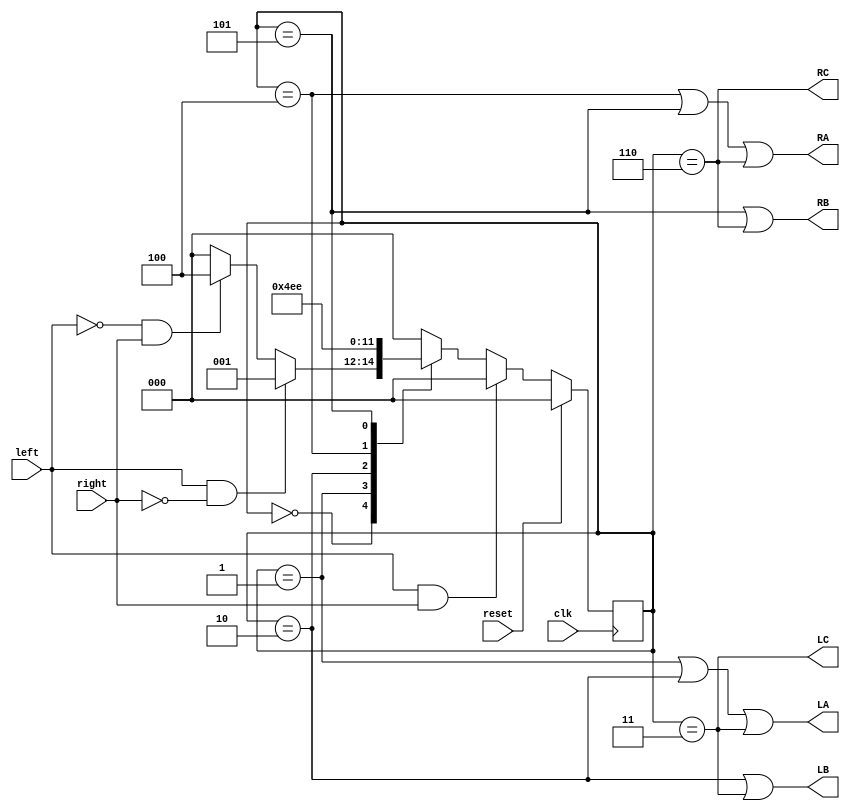
module TailLight(
	input reset, left, right, clk,
	output LC, LB, LA, RA, RB, RC
);
parameter ST_IDLE = 3'b000;
parameter ST_L1 = 3'b001;
parameter ST_L2 = 3'b010;
parameter ST_L3 = 3'b011;
parameter ST_R1 = 3'b100;
parameter ST_R2 = 3'b101;
parameter ST_R3 = 3'b110;

reg [2:0] state, next_state;

always @(posedge clk)
	if (reset)
		state <= ST_IDLE;
	else
		state <= next_state;

always @*
begin
	case (state)
		ST_IDLE: begin
			if (left && ~right)
				next_state = ST_L1;
			else if (~left && right)
				next_state = ST_R1;
			else
				next_state = ST_IDLE;
		end
		ST_L1: next_state = ST_L2;
		ST_L2: next_state = ST_L3;
		ST_R1: next_state = ST_R2;
		ST_R2: next_state = ST_R3;
		default: next_state = ST_IDLE;
	endcase
	if (left && right)
		next_state = ST_IDLE;

end

assign LA = state == ST_L1 || state == ST_L2 || state == ST_L3;
assign LB = state == ST_L2 || state == ST_L3;
assign LC = state == ST_L3;
assign RA = state == ST_R1 || state == ST_R2 || state == ST_R3;
assign RB = state == ST_R2 || state == ST_R3;
assign RC = state == ST_R3;

endmodule